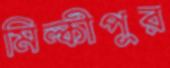
মিল্কীপুর